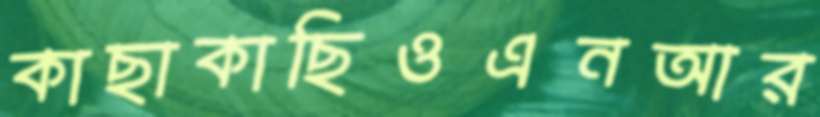
কাছাকাছিওএনআর